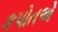
કપોતએ